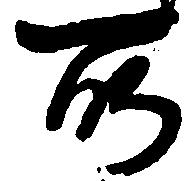
所